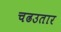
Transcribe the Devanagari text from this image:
चढउतार